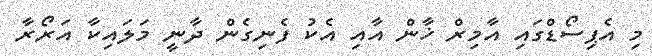
މި އެޕިސޯޑްގައި އާމިރް ޚާން އާއި އެކު ފެނިގެން ދާނީ މަލައިކާ އަރޯރާ